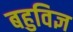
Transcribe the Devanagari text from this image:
बहुविज्ञ